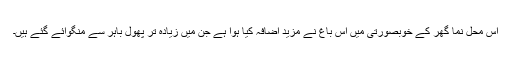
اس محل نما گھر کے خوبصورتی میں اس باغ نے مزید اضافہ کیا ہوا ہے جن میں زیادہ تر پھول باہر سے منگوائے گئے ہیں۔